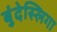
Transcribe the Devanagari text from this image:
बुंदेस्लिगा